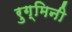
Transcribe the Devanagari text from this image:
रुग्मिनी